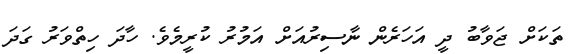
ތަކަށް ޖަވާބު ދީ އަހަރެން ނާސިރުއަށް އަމުރު ކުރީމެވެ. ހާދަ ހިތްވަރު ގަދަ